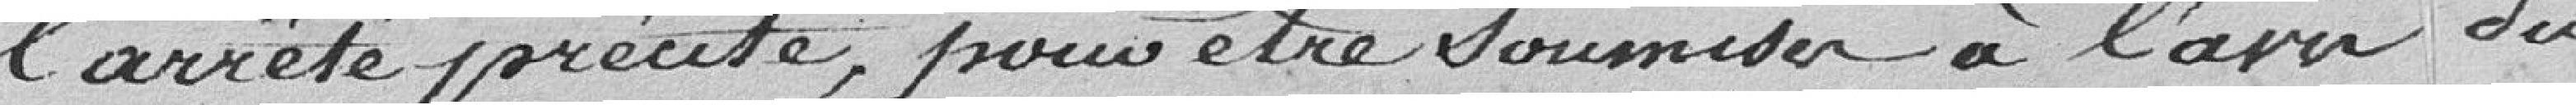
l'arrêté précité, pour être soumises à l'avis du